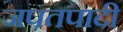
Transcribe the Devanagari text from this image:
जपतपादी